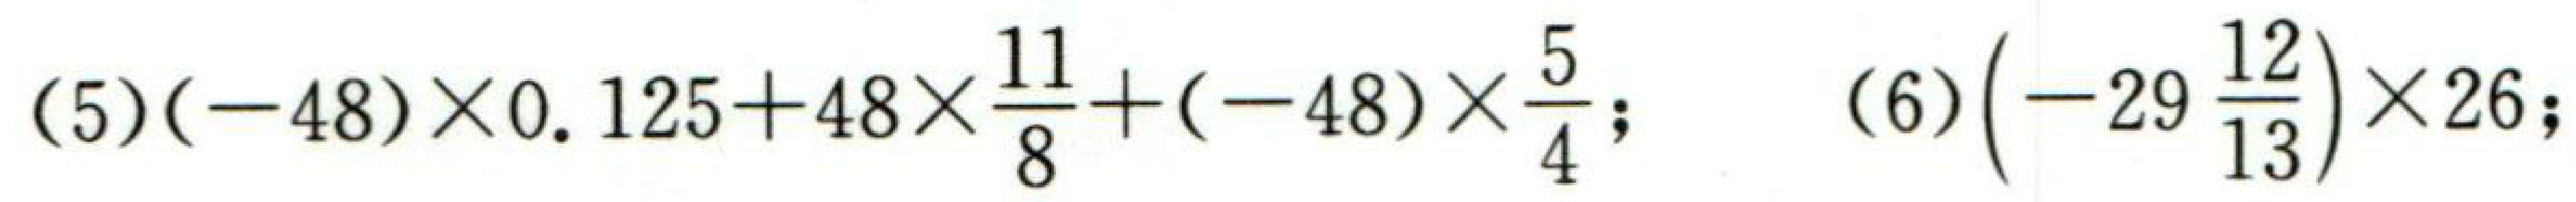
(5)\((-48)\times0.125 + 48\times\frac{11}{8}+(-48)\times\frac{5}{4}\); (6)\(\left(-29\frac{12}{13}\right)\times26\);